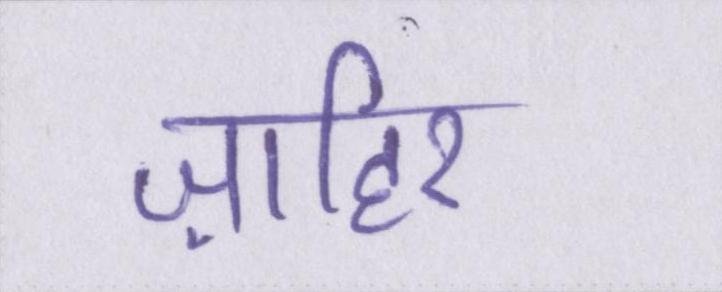
ज़ाहिर